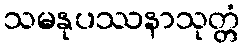
သမနုပဿနာသုတ္တံ